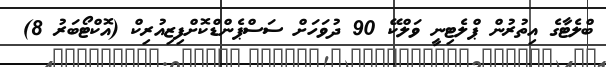
ބްލެޓާގެ އިތުރުން ޕްލެޓިނީ ވަލްކޭ 90 ދުވަހަށް ސަސްޕެންޑްކޮށްފިޒިއުރިކް (އޮކްޓޯބަރު 8)